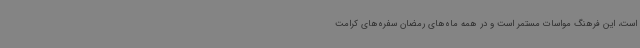
است، این فرهنگ مواسات مستمر است و در همه ماه‌های رمضان سفره‌های کرامت